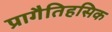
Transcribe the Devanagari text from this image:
प्रागैतिहसिक